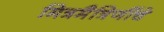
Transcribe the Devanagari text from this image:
मित्रमैत्रिणींचे